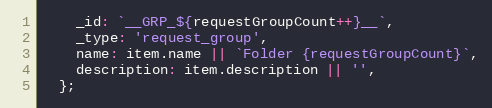
Language: JavaScript
    _id: `__GRP_${requestGroupCount++}__`,
    _type: 'request_group',
    name: item.name || `Folder {requestGroupCount}`,
    description: item.description || '',
  };